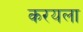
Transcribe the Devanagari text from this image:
करयला